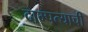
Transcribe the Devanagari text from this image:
दाम्पत्याची